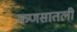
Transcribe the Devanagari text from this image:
कणसातली